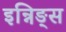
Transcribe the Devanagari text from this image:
इन्निङ्स